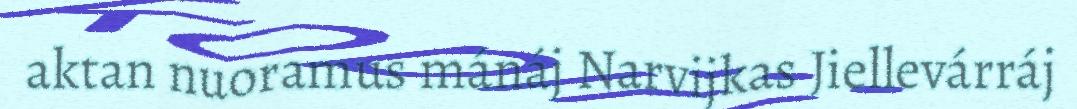
aktan nuoramus mánáj Narvijkas Jiellevárráj